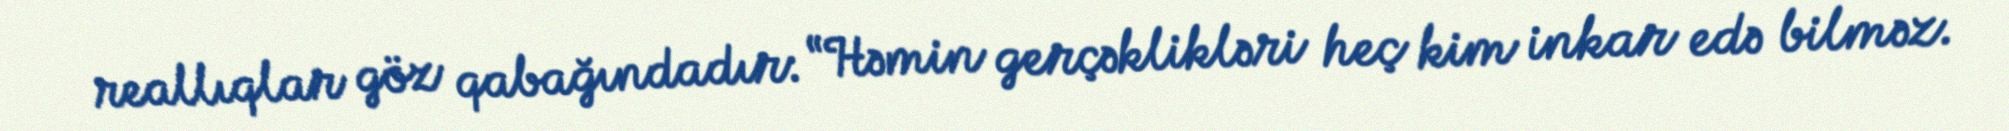
reallıqlar göz qabağındadır: “Həmin gerçəklikləri heç kim inkar edə bilməz.